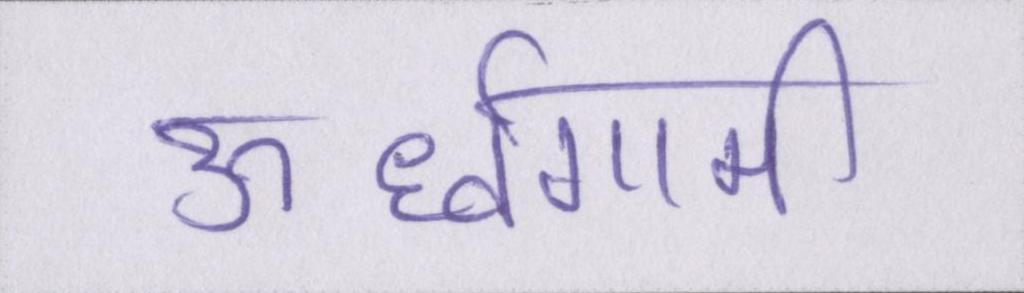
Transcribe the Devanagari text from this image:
ऊर्ध्वगामी